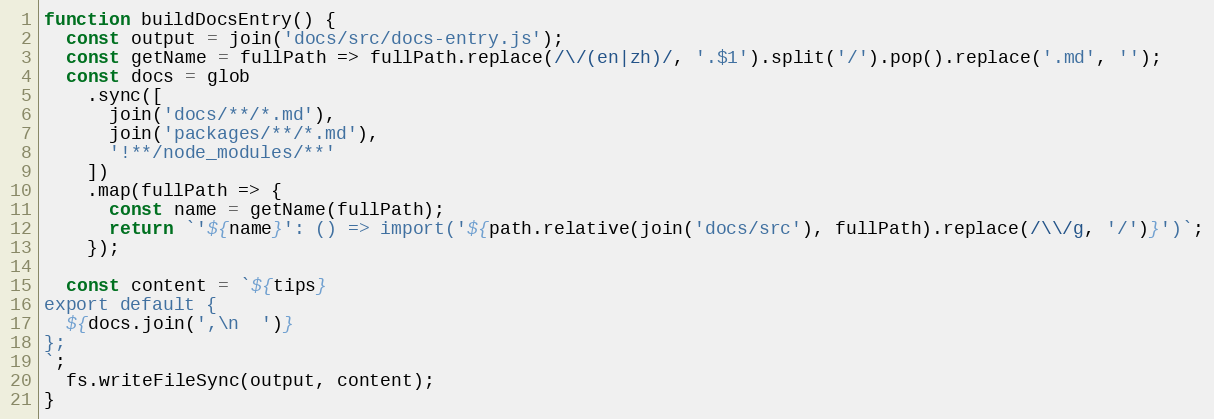
Language: JavaScript
function buildDocsEntry() {
  const output = join('docs/src/docs-entry.js');
  const getName = fullPath => fullPath.replace(/\/(en|zh)/, '.$1').split('/').pop().replace('.md', '');
  const docs = glob
    .sync([
      join('docs/**/*.md'),
      join('packages/**/*.md'),
      '!**/node_modules/**'
    ])
    .map(fullPath => {
      const name = getName(fullPath);
      return `'${name}': () => import('${path.relative(join('docs/src'), fullPath).replace(/\\/g, '/')}')`;
    });

  const content = `${tips}
export default {
  ${docs.join(',\n  ')}
};
`;
  fs.writeFileSync(output, content);
}